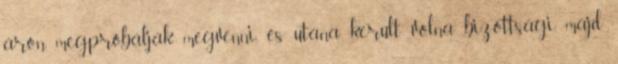
áron megpróbálják megvenni, és utána került volna bizottsági, majd